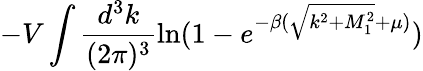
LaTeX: -V\int\frac{d^{3}k}{(2\pi)^{3}}\ln(1-e^{-\beta(\sqrt{k^{2}+M_{1}^{2}}+\mu)})